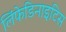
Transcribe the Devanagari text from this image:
लिंफेडिनाइटिस